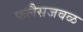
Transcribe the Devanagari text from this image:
फलैसजवळ